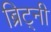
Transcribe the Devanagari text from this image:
ब्रिट्नी